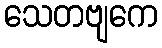
သေတဗျကေ